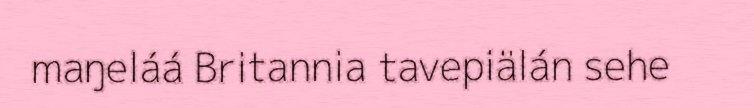
maŋeláá Britannia tavepiälán sehe